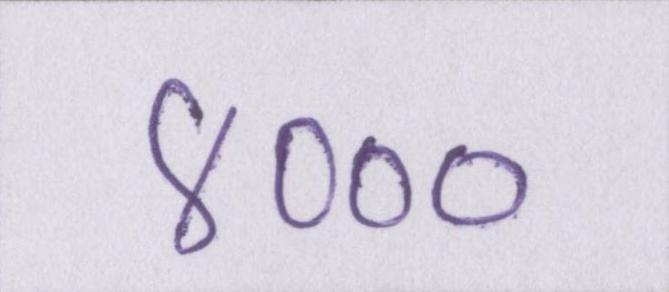
४०००